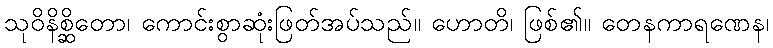
သုဝိနိစ္ဆိတော၊ ကောင်းစွာဆုံးဖြတ်အပ်သည်။ ဟောတိ၊ ဖြစ်၏။ တေနကာရဏေန၊